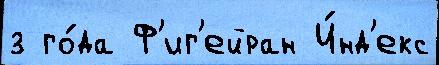
з го́да Ф'иг'ейран И́нд'екс